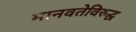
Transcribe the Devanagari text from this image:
मानवतेविरुद्ध